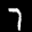
Label: 7